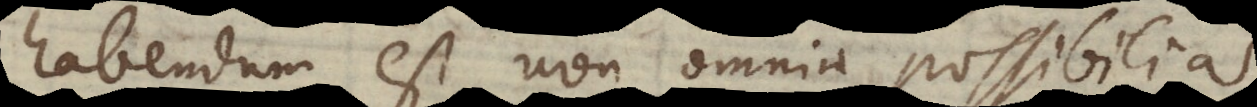
habendum est non omnia possibilia